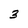
Character: 3